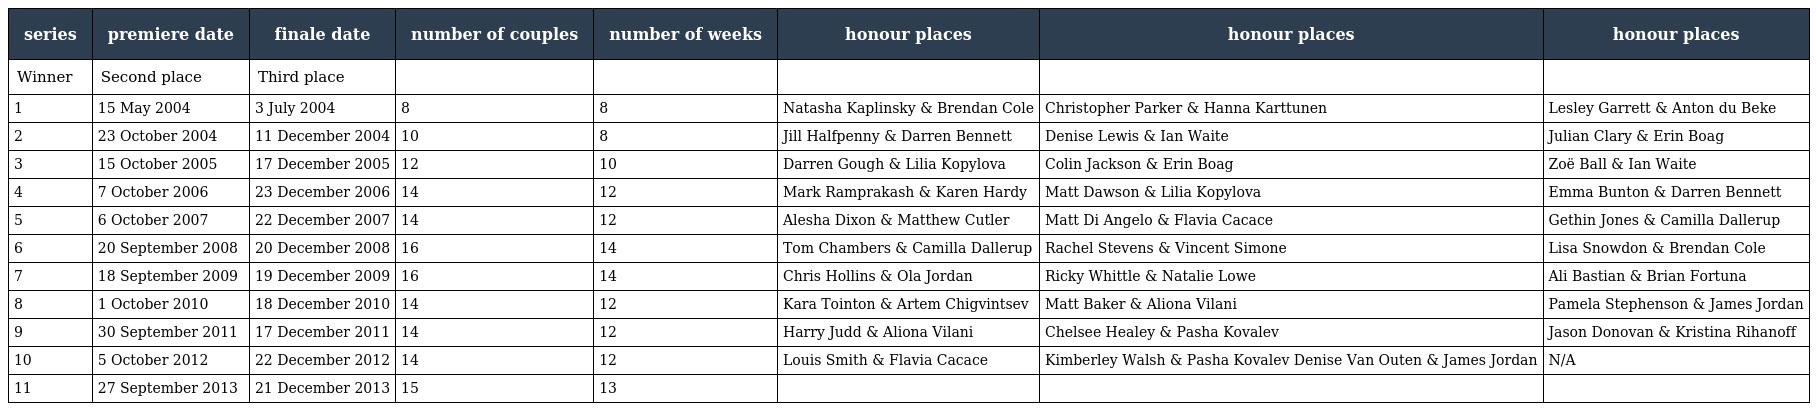
| series | premiere date | finale date | number of couples | number of weeks | honour places | honour places | honour places |
 | --- | --- | --- | --- | --- | --- | --- | --- |
 | Winner | Second place | Third place |  |  |  |  |  |
 | 1 | 15 May 2004 | 3 July 2004 | 8 | 8 | Natasha Kaplinsky & Brendan Cole | Christopher Parker & Hanna Karttunen | Lesley Garrett & Anton du Beke |
 | 2 | 23 October 2004 | 11 December 2004 | 10 | 8 | Jill Halfpenny & Darren Bennett | Denise Lewis & Ian Waite | Julian Clary & Erin Boag |
 | 3 | 15 October 2005 | 17 December 2005 | 12 | 10 | Darren Gough & Lilia Kopylova | Colin Jackson & Erin Boag | Zoë Ball & Ian Waite |
 | 4 | 7 October 2006 | 23 December 2006 | 14 | 12 | Mark Ramprakash & Karen Hardy | Matt Dawson & Lilia Kopylova | Emma Bunton & Darren Bennett |
 | 5 | 6 October 2007 | 22 December 2007 | 14 | 12 | Alesha Dixon & Matthew Cutler | Matt Di Angelo & Flavia Cacace | Gethin Jones & Camilla Dallerup |
 | 6 | 20 September 2008 | 20 December 2008 | 16 | 14 | Tom Chambers & Camilla Dallerup | Rachel Stevens & Vincent Simone | Lisa Snowdon & Brendan Cole |
 | 7 | 18 September 2009 | 19 December 2009 | 16 | 14 | Chris Hollins & Ola Jordan | Ricky Whittle & Natalie Lowe | Ali Bastian & Brian Fortuna |
 | 8 | 1 October 2010 | 18 December 2010 | 14 | 12 | Kara Tointon & Artem Chigvintsev | Matt Baker & Aliona Vilani | Pamela Stephenson & James Jordan |
 | 9 | 30 September 2011 | 17 December 2011 | 14 | 12 | Harry Judd & Aliona Vilani | Chelsee Healey & Pasha Kovalev | Jason Donovan & Kristina Rihanoff |
 | 10 | 5 October 2012 | 22 December 2012 | 14 | 12 | Louis Smith & Flavia Cacace | Kimberley Walsh & Pasha Kovalev Denise Van Outen & James Jordan | N/A |
 | 11 | 27 September 2013 | 21 December 2013 | 15 | 13 |  |  |  |